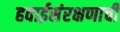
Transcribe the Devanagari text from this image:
हवाईसंरक्षणाची